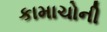
કામાચોની